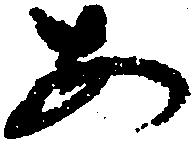
あ